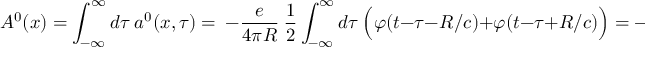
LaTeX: A ^ { 0 } ( x ) = \int _ { - \infty } ^ { \infty } d \tau \ a ^ { 0 } ( x , \tau ) = \ - \frac { e } { 4 \pi R } \ \frac 1 2 \int _ { - \infty } ^ { \infty } d \tau \ \Bigl ( \varphi ( t - \tau - R / c ) + \varphi ( t - \tau + R / c ) \Bigr ) = - \frac { e } { 4 \pi R }